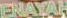
ENAYAH